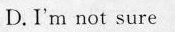
D.I'm not sure